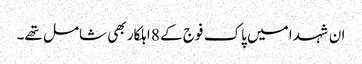
ان شہدا میں پاک فوج کے 8 اہلکار بھی شامل تھے۔